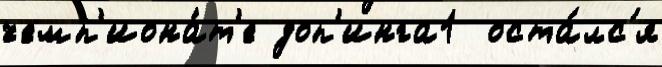
чемп'иона́т'е доп'инга1  оста́лс'я